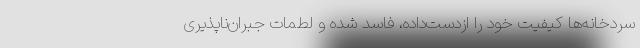
سردخانه‌ها کیفیت خود را ازدست‌داده، فاسد شده و لطمات جبران‌ناپذیری